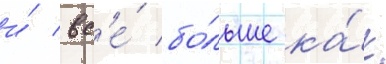
и́ вс'е́ бо́льше ка́к